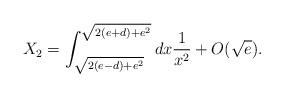
LaTeX: \begin{align*}X_2 = \int_{\sqrt{2(e - d)+e^2}}^{\sqrt{2(e + d)+e^2}}dx{1\over x^2} +O(\sqrt{e}).\end{align*}